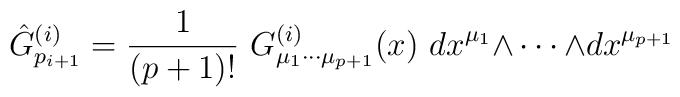
\hat G^{(i)}_{p_{i+1}}={1 \over (p+1)!}\  G^{(i)}_{\mu_1\cdots \mu_{p+1}}(x)\  dx^{\mu_1}    {\wedge \cdots \wedge }dx^{\mu_{p+1}}